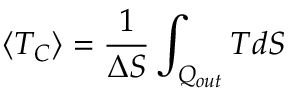
\langle T _ { C } \rangle = { \frac { 1 } { \Delta S } } \int _ { Q _ { o u t } } T d S